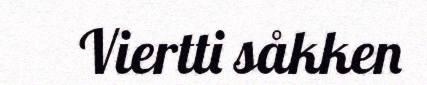
Viertti såkken